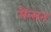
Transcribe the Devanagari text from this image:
मैंन्सन